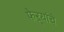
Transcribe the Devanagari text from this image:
फेऱ्यांचे